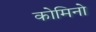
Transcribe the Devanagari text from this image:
कोमिनो